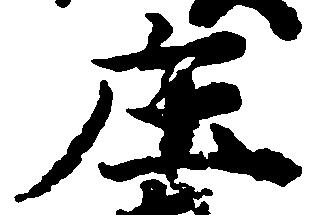
庄